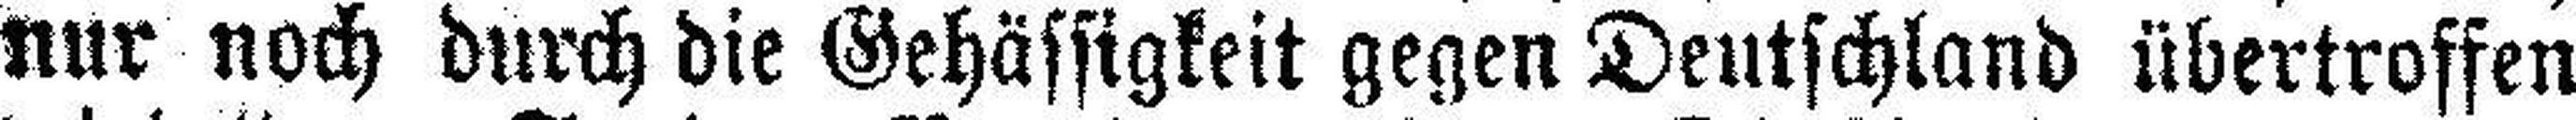
nur noch durch die Gehässigkeit gegen Deutschland übertroffen